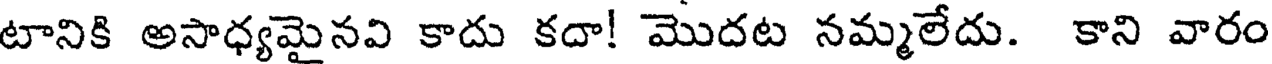
టానికి అసాధ్యమైనవి కాదు కదా! మొదట నమ్మలేదు. కాని వారం